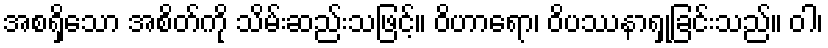
အစရှိသော အစိတ်ကို သိမ်းဆည်းသဖြင့်။ ဝိဟာရော၊ ဝိပဿနာရှုခြင်းသည်။ ဝါ၊